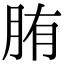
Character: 𦛒